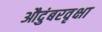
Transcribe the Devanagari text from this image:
औदुंबरवृक्षा